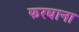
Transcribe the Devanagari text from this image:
फरघाना